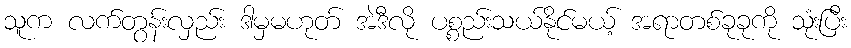
သူက လက်တွန်းလှည်း ဒါမှမဟုတ် အဲဒီလို ပစ္စည်းသယ်နိုင်မယ့် အရာတစ်ခုခုကို သုံးပြီး